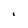
Character: L